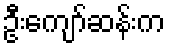
ဦးကျော်ဆန်းက